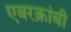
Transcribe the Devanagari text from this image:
एबरक्रांबी